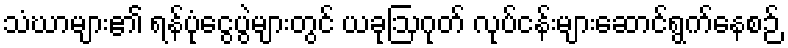
သံဃာများ၏ ရန်ပုံငွေပွဲများတွင် ယခုဩဂုတ် လုပ်ငန်းများဆောင်ရွက်နေစဉ်